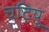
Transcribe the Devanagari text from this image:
चटियु